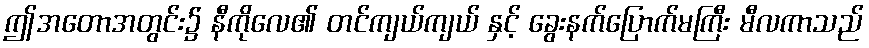
ဤအတောအတွင်း၌ နီကိုလေ၏ တင်ကျယ်ကျယ် နှင့် ခွေးနက်ပြောက်မကြီး မီလကာသည်